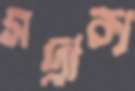
সদ্বাক্য